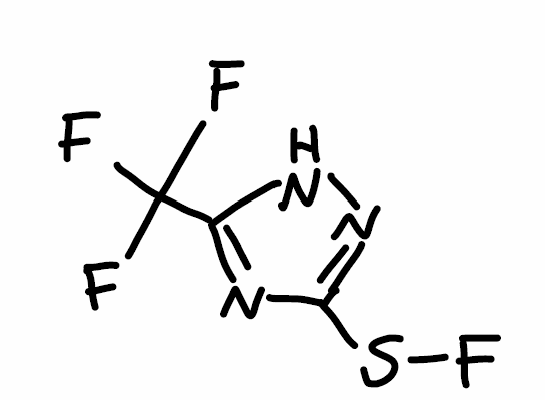
Simplified molecular-input line-entry system (SMILES) notation of the given molecule:
C1(=NC(=NN1)SF)C(F)(F)F